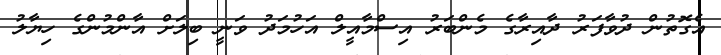
އެގޮތުން ދުވާފަރު ދާއިރާގެ މެންބަރު އިސްމާއީލް އަހުމަދު ވަނީ ބިލަށް އާންމުންގެ ހިޔާލު